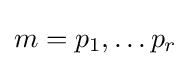
m=p_{1},\dots p_{r}